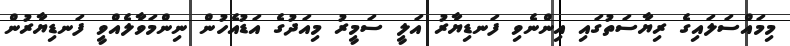
މިމައްސަލައިގެ ރިޔާސަތުގައި އިންނެވި ފަނޑިޔާރު އަލީ ސަމީރު މިއަދުގެ އަޑުއެހުން ނިންމަވާލެއްވީ ފަނޑިޔާރުން